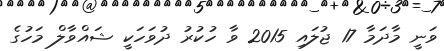
ވަނީ މާދަމާ 17 ޖުލައި 2015 ވާ ހުކުުރު ދުވަހަކީ ޝައްވާލް މަހުގެ